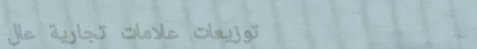
توزيعات علامات تجارية عال